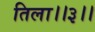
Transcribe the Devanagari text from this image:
तिला।।३।।